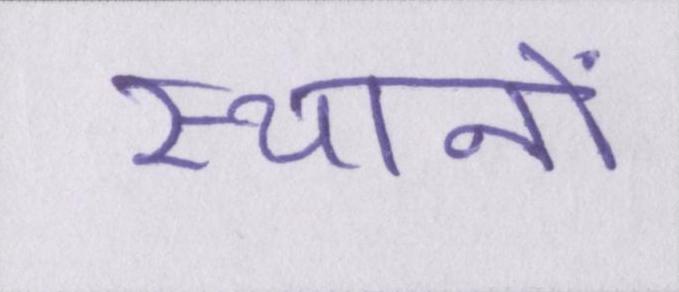
स्थानों